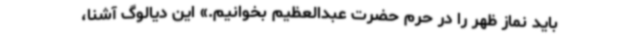
باید نماز ظهر را در حرم حضرت عبدالعظیم بخوانیم.» این دیالوگ آشنا،